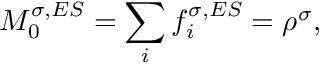
M _ { 0 } ^ { \sigma , E S } = \sum _ { i } f _ { i } ^ { \sigma , E S } = \rho ^ { \sigma } ,